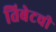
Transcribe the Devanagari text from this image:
तिबेटची